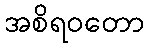
အစိရဝတော